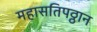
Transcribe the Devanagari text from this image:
महासतिपठ्ठान